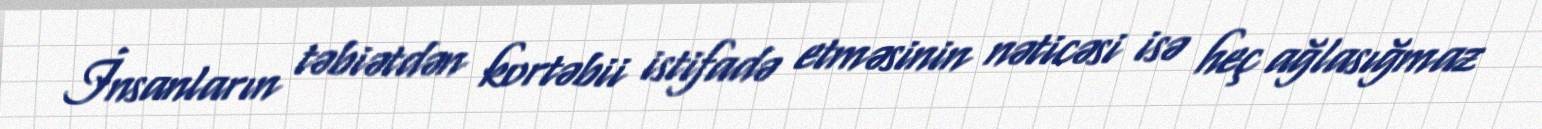
İnsanların təbiətdən kortəbii istifadə etməsinin nəticəsi isə heç ağlasığmaz